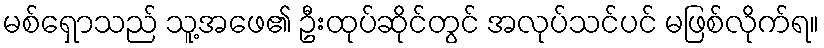
မစ်ရှောသည် သူ့အဖေ၏ ဦးထုပ်ဆိုင်တွင် အလုပ်သင်ပင် မဖြစ်လိုက်ရ။